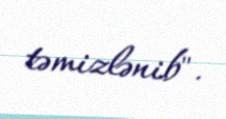
təmizlənib".